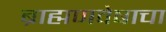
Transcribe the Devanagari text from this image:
ब्राह्मणवेषाचा